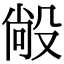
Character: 㲂